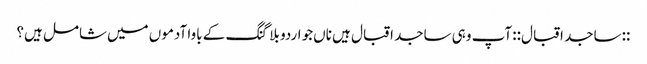
::ساجد اقبال:: آپ وہی ساجد اقبال ہیں‌ ناں‌جو اردو بلاگنگ کے باوا آدموں میں‌شامل ہیں؟